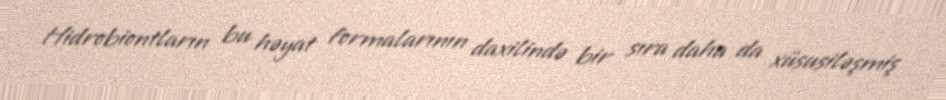
Hidrobiontların bu həyat formalarının daxilində bir sıra daha da xüsusiləşmiş